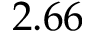
2 . 6 6